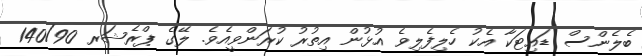
ބެލެންސް ޑައިޓަކާ އެކު ހެލިފެލިވެ އުޅުން އިތުރު ކުރަންވީއެވެ. ލޭގެ ޕްރެޝަރ 140/90